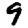
Digit: 9